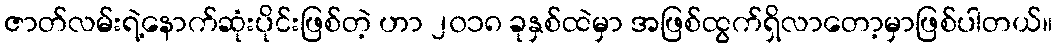
ဇာတ်လမ်းရဲ့နောက်ဆုံးပိုင်းဖြစ်တဲ့ ဟာ ၂၀၁၈ ခုနှစ်ထဲမှာ အဖြစ်ထွက်ရှိလာတော့မှာဖြစ်ပါတယ်။